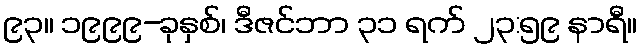
၉၃။ ၁၉၉၉-ခုနှစ်၊ ဒီဇင်ဘာ ၃၁ ရက် ၂၃:၅၉ နာရီ။